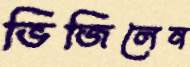
ভিজিলেন